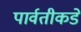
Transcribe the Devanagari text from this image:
पार्वतीकडे